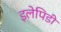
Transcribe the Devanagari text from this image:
इलेपिडी